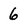
Character: 6